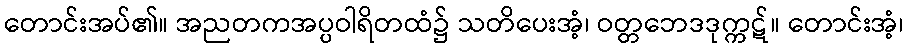
တောင်းအပ်၏။ အညတကအပ္ပဝါရိတထံ၌ သတိပေးအံ့၊ ဝတ္တဘေဒဒုက္ကဋ်။ တောင်းအံ့၊